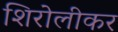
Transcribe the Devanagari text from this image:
शिरोलीकर